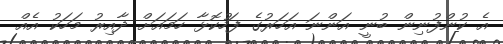
އެ ކުންފުނިން ބުނީ އަންނަ އަހަރުގެ ފަހުކޮޅާ ހަމައަށް ދާއިރު މަހަކު އެއް